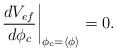
LaTeX: \begin{align*}\left. \frac{dV_{ef}}{d\phi _{c}}\right| _{\phi _{c}=\left\langle \phi \right\rangle }=0.\end{align*}